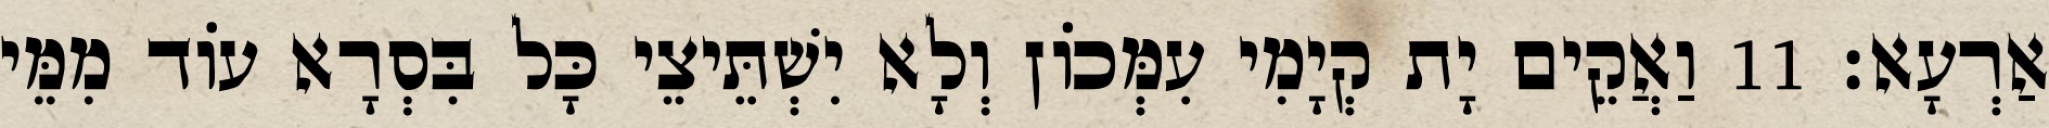
אַרְעָא׃ 11 וַאֲקֵים יָת קְיָמִי עִמְּכוֹן וְלָא יִשְׁתֵּיצֵי כָּל בִּסְרָא עוֹד מִמֵּי